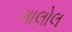
ગાલોલ